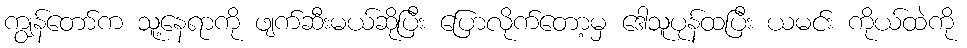
ကျွန်တော်က သူ့နေရာကို ဖျက်ဆီးမယ်ဆိုပြီး ပြောလိုက်တော့မှ ဒေါသူပုန်ထပြီး ယမင်း ကိုယ်ထဲကို